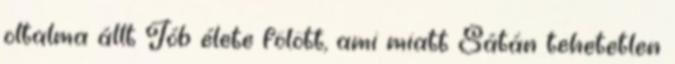
oltalma állt Jób élete fölött, ami miatt Sátán tehetetlen